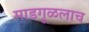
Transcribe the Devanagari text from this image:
माडगूळलाच